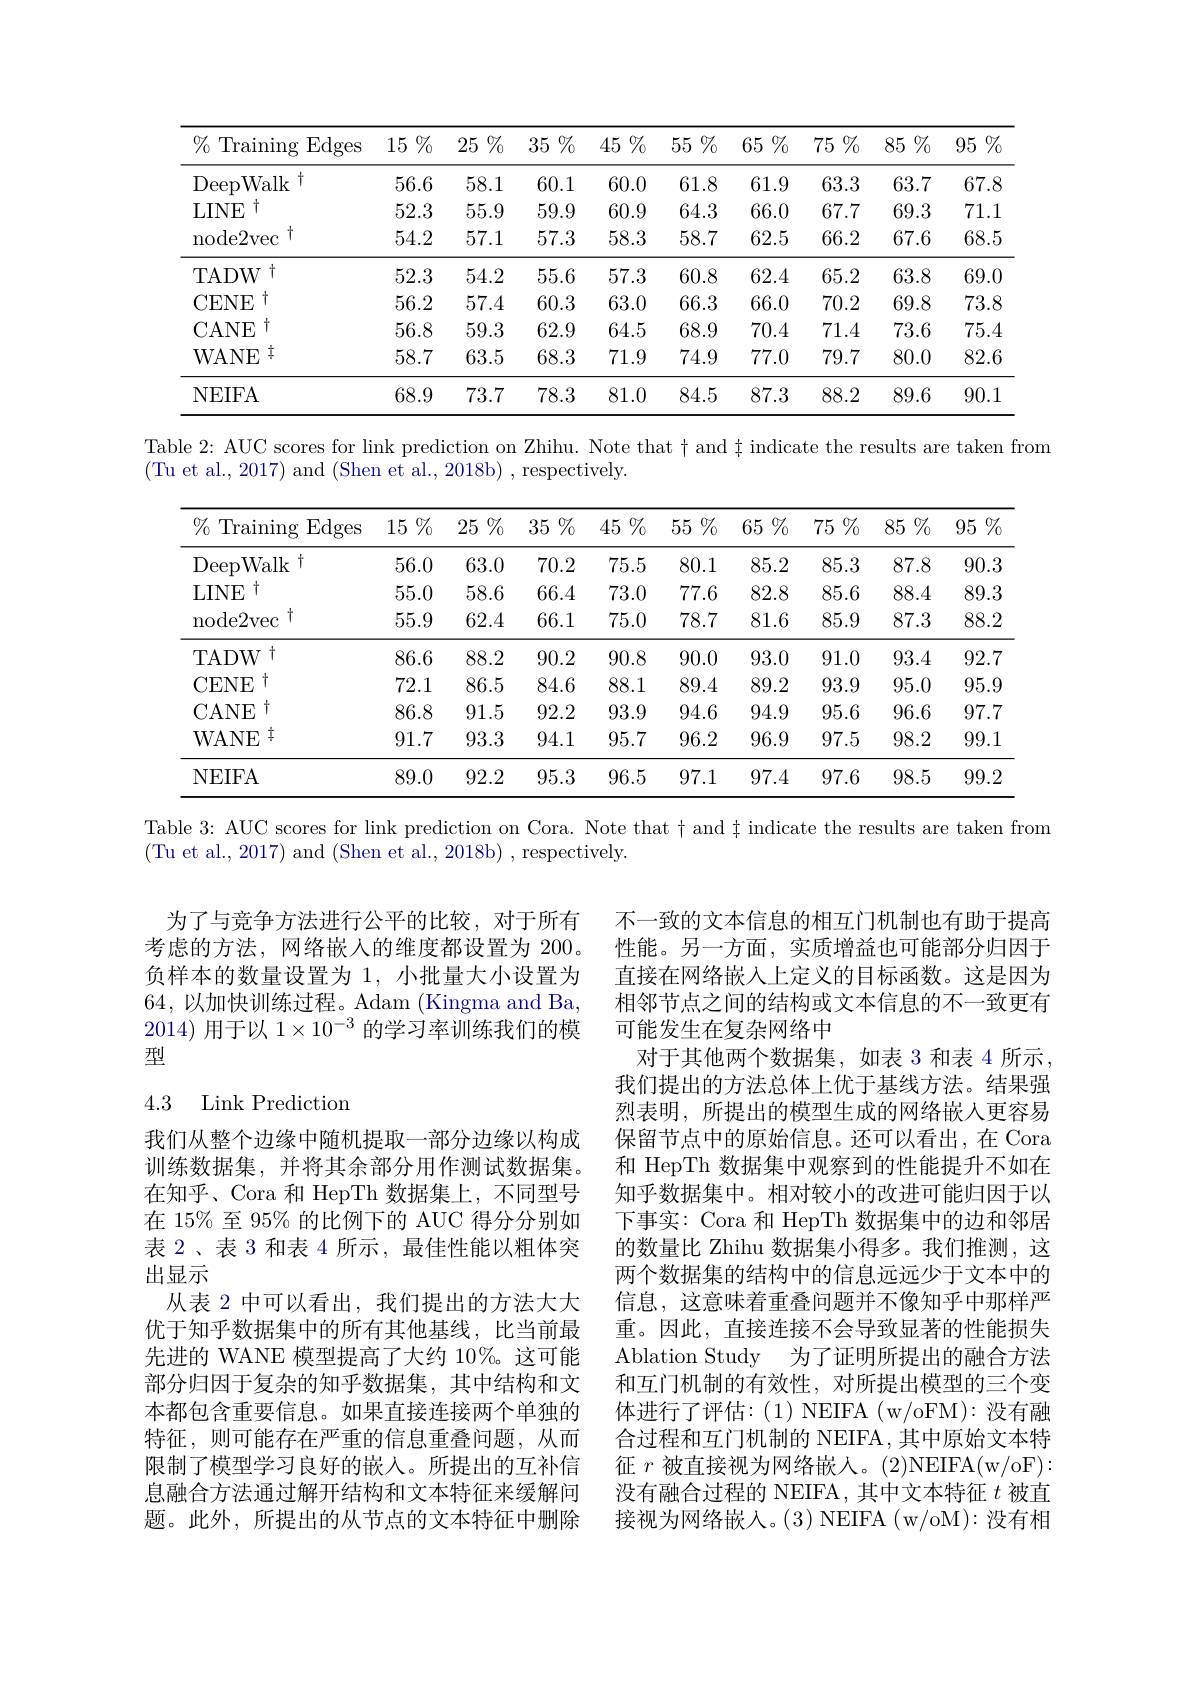
<table>
	<tbody>
		<tr>
			<th>$\%$ Training $\operatorname{Edges}$</th>
			<th>$\%_0$ 15</th>
			<th>$\%_0$ 25 </th>
			<th>$j\%$ 35 </th>
			<th>$;\%$ 45</th>
			<th>$\%$ 55</th>
			<th>$65\%$</th>
			<th>$75\%$ 1 1 </th>
			<th>$\%_0$ 85</th>
			<th>95 $\%$</th>
		</tr>
		<tr>
			<td>$\dagger$ DeepWalk</td>
			<td>56.6</td>
			<td>58.1</td>
			<td>60.1</td>
			<td>60.0</td>
			<td>61.8</td>
			<td>61.9</td>
			<td>63.3</td>
			<td>63.7</td>
			<td>67.8</td>
		</tr>
		<tr>
			<td>$\dagger$ $LINE$</td>
			<td>52.3</td>
			<td>55.9</td>
			<td>59.9</td>
			<td>60.9</td>
			<td>64.3</td>
			<td>66.0</td>
			<td>67.7</td>
			<td>69.3</td>
			<td>71.1</td>
		</tr>
		<tr>
			<td>$\operatorname{node2vec}^{\dagger}$</td>
			<td>54.2</td>
			<td>57.1</td>
			<td>57.3</td>
			<td>58.3</td>
			<td>58.7</td>
			<td>62.5</td>
			<td>66.2</td>
			<td>67.6</td>
			<td>68.5</td>
		</tr>
		<tr>
			<td>TADW +</td>
			<td>52.3</td>
			<td>54.2</td>
			<td>55.6</td>
			<td>57.3</td>
			<td>60.8</td>
			<td>62.4</td>
			<td>65.2</td>
			<td>63.8</td>
			<td>69.0</td>
		</tr>
		<tr>
			<td>CENE 1</td>
			<td>56.2</td>
			<td>57.4</td>
			<td>60.3</td>
			<td>63.0</td>
			<td>66.3</td>
			<td>66.0</td>
			<td>70.2</td>
			<td>69.8</td>
			<td>73.8</td>
		</tr>
		<tr>
			<td>CANE</td>
			<td>56.8</td>
			<td>59.3</td>
			<td>62.9</td>
			<td>64.5</td>
			<td>68.9</td>
			<td>70.4</td>
			<td>71.4</td>
			<td>73.6</td>
			<td>75.4</td>
		</tr>
		<tr>
			<td>WANE 立</td>
			<td>58.7</td>
			<td>63.5</td>
			<td>68.3</td>
			<td>71.9</td>
			<td>74.9</td>
			<td>77.0</td>
			<td>79.7</td>
			<td>80.0</td>
			<td>82.6</td>
		</tr>
		<tr>
			<td>NEIFA</td>
			<td>68.9</td>
			<td>73.7</td>
			<td>78.3</td>
			<td>81.0</td>
			<td>84.5</td>
			<td>87.3</td>
			<td>88.2</td>
			<td>89.6</td>
			<td>90.1</td>
		</tr>
	</tbody>
</table>

<table>
	<tbody>
		<tr>
			<th>$\%$ Training Edges</th>
			<th>15 $\%_{0}$</th>
			<th>$j\%$ 25 、 </th>
			<th>$35\%$</th>
			<th>$45\%$</th>
			<th>$\%$ 55</th>
			<th>$j\%$ 65</th>
			<th>$\%$ T</th>
			<th>$j\%$ </th>
			<th>95 $\%$</th>
		</tr>
		<tr>
			<td>$\zeta+$ DeepWalk</td>
			<td>56.0</td>
			<td>63.0</td>
			<td>70.2</td>
			<td>75.5</td>
			<td>80.1</td>
			<td>85.2</td>
			<td>85.3</td>
			<td>87.8</td>
			<td>90.3</td>
		</tr>
		<tr>
			<td>LINE 十</td>
			<td>55.0</td>
			<td>58.6</td>
			<td>66.4</td>
			<td>73.0</td>
			<td>77.6</td>
			<td>82.8</td>
			<td>85.6</td>
			<td>88.4</td>
			<td>89.3</td>
		</tr>
		<tr>
			<td>$\operatorname{node2vec}^{\dagger}$</td>
			<td>55.9</td>
			<td>62.4</td>
			<td>66.1</td>
			<td>75.0</td>
			<td>78.7</td>
			<td>81.6</td>
			<td>85.9</td>
			<td>87.3</td>
			<td>88.2</td>
		</tr>
		<tr>
			<td>TADW +</td>
			<td>86.6</td>
			<td>88.2</td>
			<td>90.2</td>
			<td>90.8</td>
			<td>90.0</td>
			<td>93.0</td>
			<td>91.0</td>
			<td>93.4</td>
			<td>92.7</td>
		</tr>
		<tr>
			<td>CENE +</td>
			<td>72.1</td>
			<td>86.5</td>
			<td>84.6</td>
			<td>88.1</td>
			<td>89.4</td>
			<td>89.2</td>
			<td>93.9</td>
			<td>95.0</td>
			<td>95.9</td>
		</tr>
		<tr>
			<td>CANE $f$</td>
			<td>86.8</td>
			<td>91.5</td>
			<td>92.2</td>
			<td>93.9</td>
			<td>94.6</td>
			<td>94.9</td>
			<td>95.6</td>
			<td>96.6</td>
			<td>97.7</td>
		</tr>
		<tr>
			<td>WANE $\pm$</td>
			<td>91.7</td>
			<td>93.3</td>
			<td>94.1</td>
			<td>95.7</td>
			<td>96.2</td>
			<td>96.9</td>
			<td>97.5</td>
			<td>98.2</td>
			<td>99.1</td>
		</tr>
		<tr>
			<td>NEIFA</td>
			<td>89.0</td>
			<td>92.2</td>
			<td>95.3</td>
			<td>96.5</td>
			<td>97.1</td>
			<td>97.4</td>
			<td>97.6</td>
			<td>98.5</td>
			<td>99.2</td>
		</tr>
	</tbody>
</table>

Table 3: AUC scores for link prediction on Cora. Note that $\dagger$ and $\ddagger$ indicate the results are taken from
(Tu et al., 2017) and (Shen et al., 2018b) , respectively.

为了与竞争方法进行公平的比较，对于所有考虑的方法，网络嵌入的维度都设置为 200。负样本的数量设置为 1, 小批量大小设置为64,以加快训练过程。Adam ( Kingma and Ba, 2014) 用于以$1\times10^{-3}$的学习率训练我们的模型

## 4.3 Link Prediction

不一致的文本信息的相互门机制也有助于提高性能。另一方面，实质增益也可能部分归因于直接在网络嵌入上定义的目标函数。这是因为相邻节点之间的结构或文本信息的不一致更有可能发生在复杂网络中
对于其他两个数据集，如表 3 和表 4 所示， 我们提出的方法总体上优于基线方法。结果强烈表明，所提出的模型生成的网络嵌入更容易保留节点中的原始信息。还可以看出，在 Cora 和 HepTh 数据集中观察到的性能提升不如在知乎数据集中。相对较小的改进可能归因于以下事实：Cora 和 HepTh 数据集中的边和邻居的数量比 Zhihu 数据集小得多。我们推测，这两个数据集的结构中的信息远远少于文本中的信息，这意味着重叠问题并不像知乎中那样严重。因此，直接连接不会导致显著的性能损失Ablation Study 为了证明所提出的融合方法和互门机制的有效性，对所提出模型的三个变体进行了评估：(1)NEIFA(w/oFM):没有融合过程和互门机制的 NEIFA, 其中原始文本特征$r$被直接视为网络嵌人。(2)NEIFA(w/oF): 没有融合过程的 NEIFA, 其中文本特征$t$被直接视为网络嵌人。(3) NEIFA (w/oM): 没有相

我们从整个边缘中随机提取一部分边缘以构成训练数据集，并将其余部分用作测试数据集。在知乎、Cora 和 HepTh 数据集上，不同型号在 15% 至 95% 的比例下的 AUC 得分分别如表 2、表 3 和表 4 所示 , 最佳性能以粗体突出显示
从表 2 中可以看出，我们提出的方法大大优于知乎数据集中的所有其他基线，比当前最先进的 WANE 模型提高了大约 10%。这可能部分归因于复杂的知乎数据集，其中结构和文本都包含重要信息。如果直接连接两个单独的特征，则可能存在严重的信息重叠问题，从而限制了模型学习良好的嵌入。所提出的互补信息融合方法通过解开结构和文本特征来缓解问题。此外，所提出的从节点的文本特征中删除